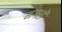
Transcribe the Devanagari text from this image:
मगरों